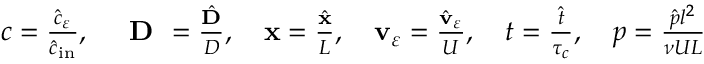
\begin{array} { r } { c = \frac { { \hat { c } } _ { \varepsilon } } { \hat { c } _ { \mathrm { \tiny { i n } } } } , \quad \textbf { D } = \frac { { \hat { \mathbf D } } } { D } , \quad \mathbf x = \frac { { \hat { \mathbf x } } } { L } , \quad \mathbf v _ { \varepsilon } = \frac { \hat { \mathbf v } _ { \varepsilon } } { U } , \quad t = \frac { { \hat { t } } } { \tau _ { c } } , \quad p = \frac { { \hat { p } } l ^ { 2 } } { { \nu } U L } } \end{array}